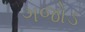
ગજોડ